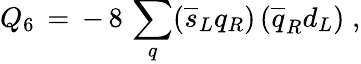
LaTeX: Q_{6}\, =\, -\, 8\, \sum_{q}(\overline{{{s}}}_{L}q_{R})\, (\overline{{{q}}}_{R}d_{L})\; ,